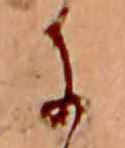
に